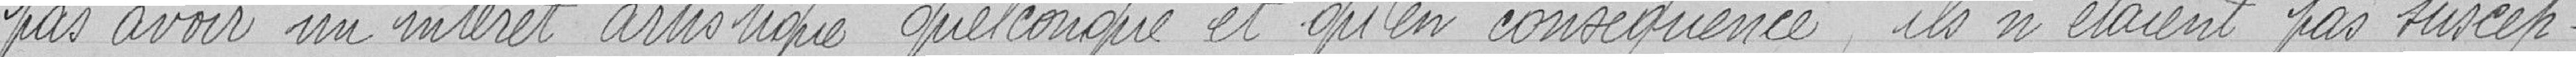
pas avoir un intérêt artistique quelconque et qu'en conséquence, ils n'étaient pas suscep-